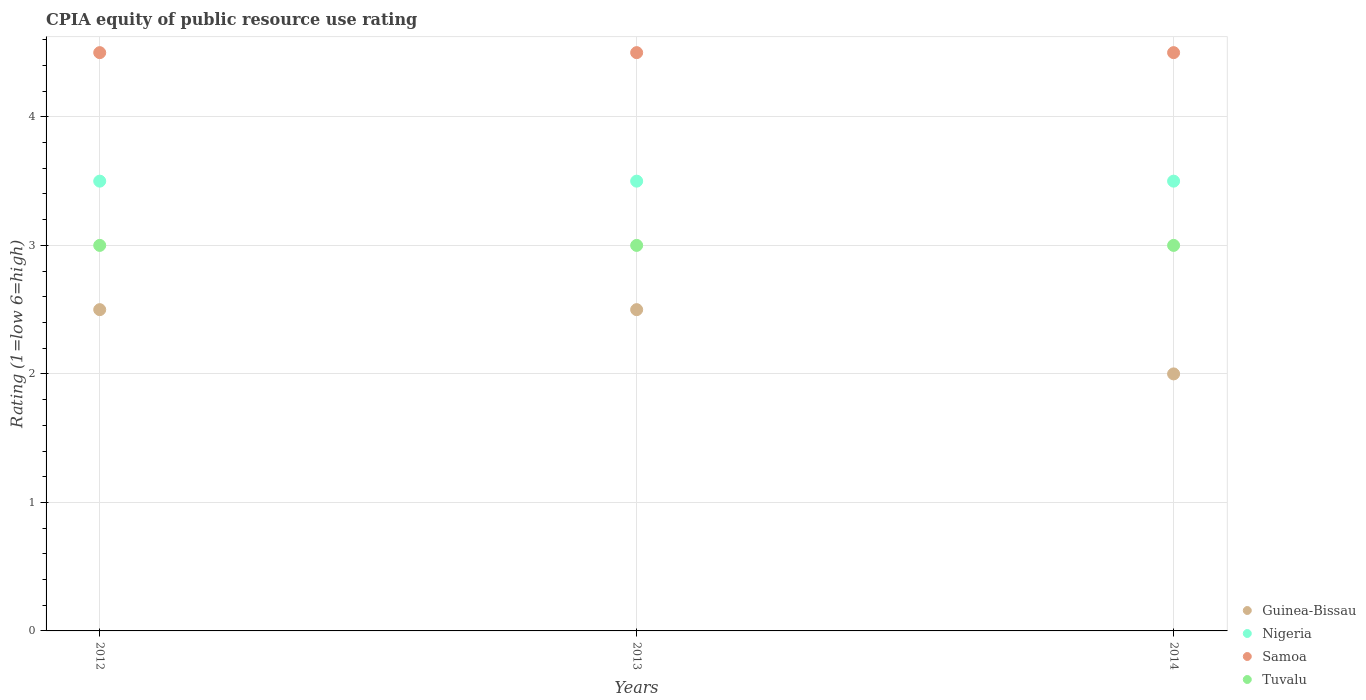
| Years | Guinea-Bissau | Nigeria | Samoa | Tuvalu |
 | --- | --- | --- | --- | --- |
 | 2012 | 2.5 | 3.5 | 4.5 | 3 |
 | 2013 | 2.5 | 3.5 | 4.5 | 3 |
 | 2014 | 2 | 3.5 | 4.5 | 3 |